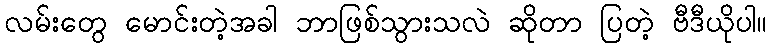
လမ်းတွေ မောင်းတဲ့အခါ ဘာဖြစ်သွားသလဲ ဆိုတာ ပြတဲ့ ဗီဒီယိုပါ။